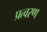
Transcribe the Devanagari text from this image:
प्रत्वरण